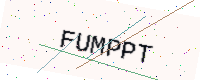
Text: FUMPPT